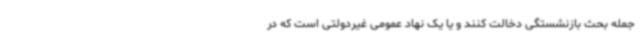
جمله بحث بازنشستگی دخالت کنند و یا یک نهاد عمومی غیردولتی است که در